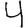
Digit: 4